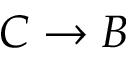
C \rightarrow B